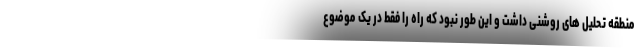
منطقه تحلیل های روشنی داشت و این طور نبود که راه را فقط در یک موضوع